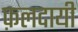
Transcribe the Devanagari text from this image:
फ़लदायी